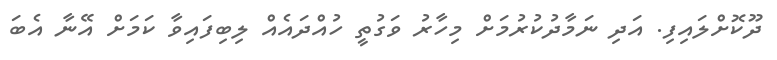
ދޫކޮށްލައިފި. އަދި ނަމާދުކުރުމަށް މިހާރު ވަގުތީ ހުއްދައެއް ލިބިފައިވާ ކަމަށް އޭނާ އެބަ